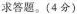
求答题。(4分)